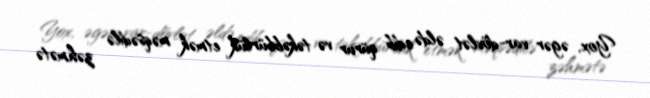
Yox, əgər var-dövlət əldə edib qürur və təkəbbürlük etmək məqsədilə zəhmətə